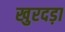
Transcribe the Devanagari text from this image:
खुरदड़ा